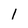
Character: l